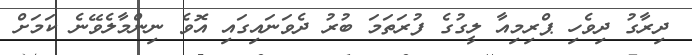
ދިރާގު ދިވެހި ޕްރިމިއާ ލީގުގެ ފުރަތަމަ ބުރު ދެވަނައިގައި އޮވެ ނިންމާލެވޭނެ ކަމަށް